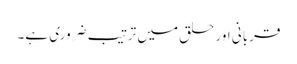
قربانی اور حلق میں ترتیب ضروری ہے۔